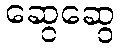
ဆွေဆွေ